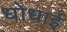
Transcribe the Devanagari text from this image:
धोधाई